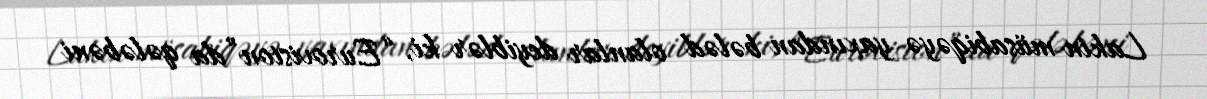
Lakin müsabiqəyə yaxından bələd olanlar deyiblər ki, “Eurovision”da qələbəni